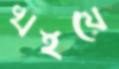
খইয়ে